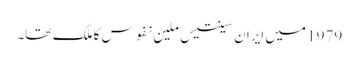
1979 میں ایران سینتیس ملین نفوس کا ملک تھا۔